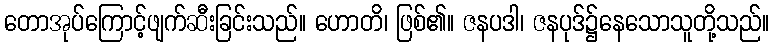
တောအုပ်ကြောင့်ဖျက်ဆီးခြင်းသည်။ ဟောတိ၊ ဖြစ်၏။ ဇနပဒါ၊ ဇနပုဒ်၌နေသောသူတို့သည်။